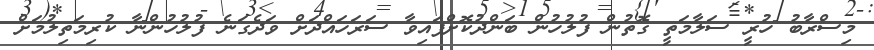
މިސްރާބު ހުރީ ސަލާމަތީ ގޮތުން ފުލުހުން ބަންދުކޮށްފައިވާ ސަރަހައްދަށް ވަދެގަނެ ފުލުހުންނާ ކުރިމަތިލުމަށް